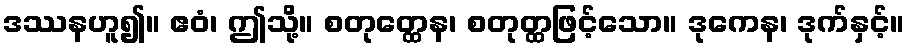
ဒဿနဟူ၍။ ဧဝံ၊ ဤသို့။ စတုတ္ထေန၊ စတုတ္ထဖြင့်သော။ ဒုကေန၊ ဒုက်နှင့်။